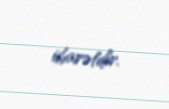
ibarətdir.